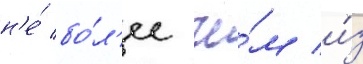
н'е́ бо́л'ее че́м и́з